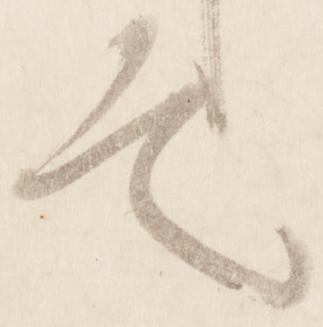
定